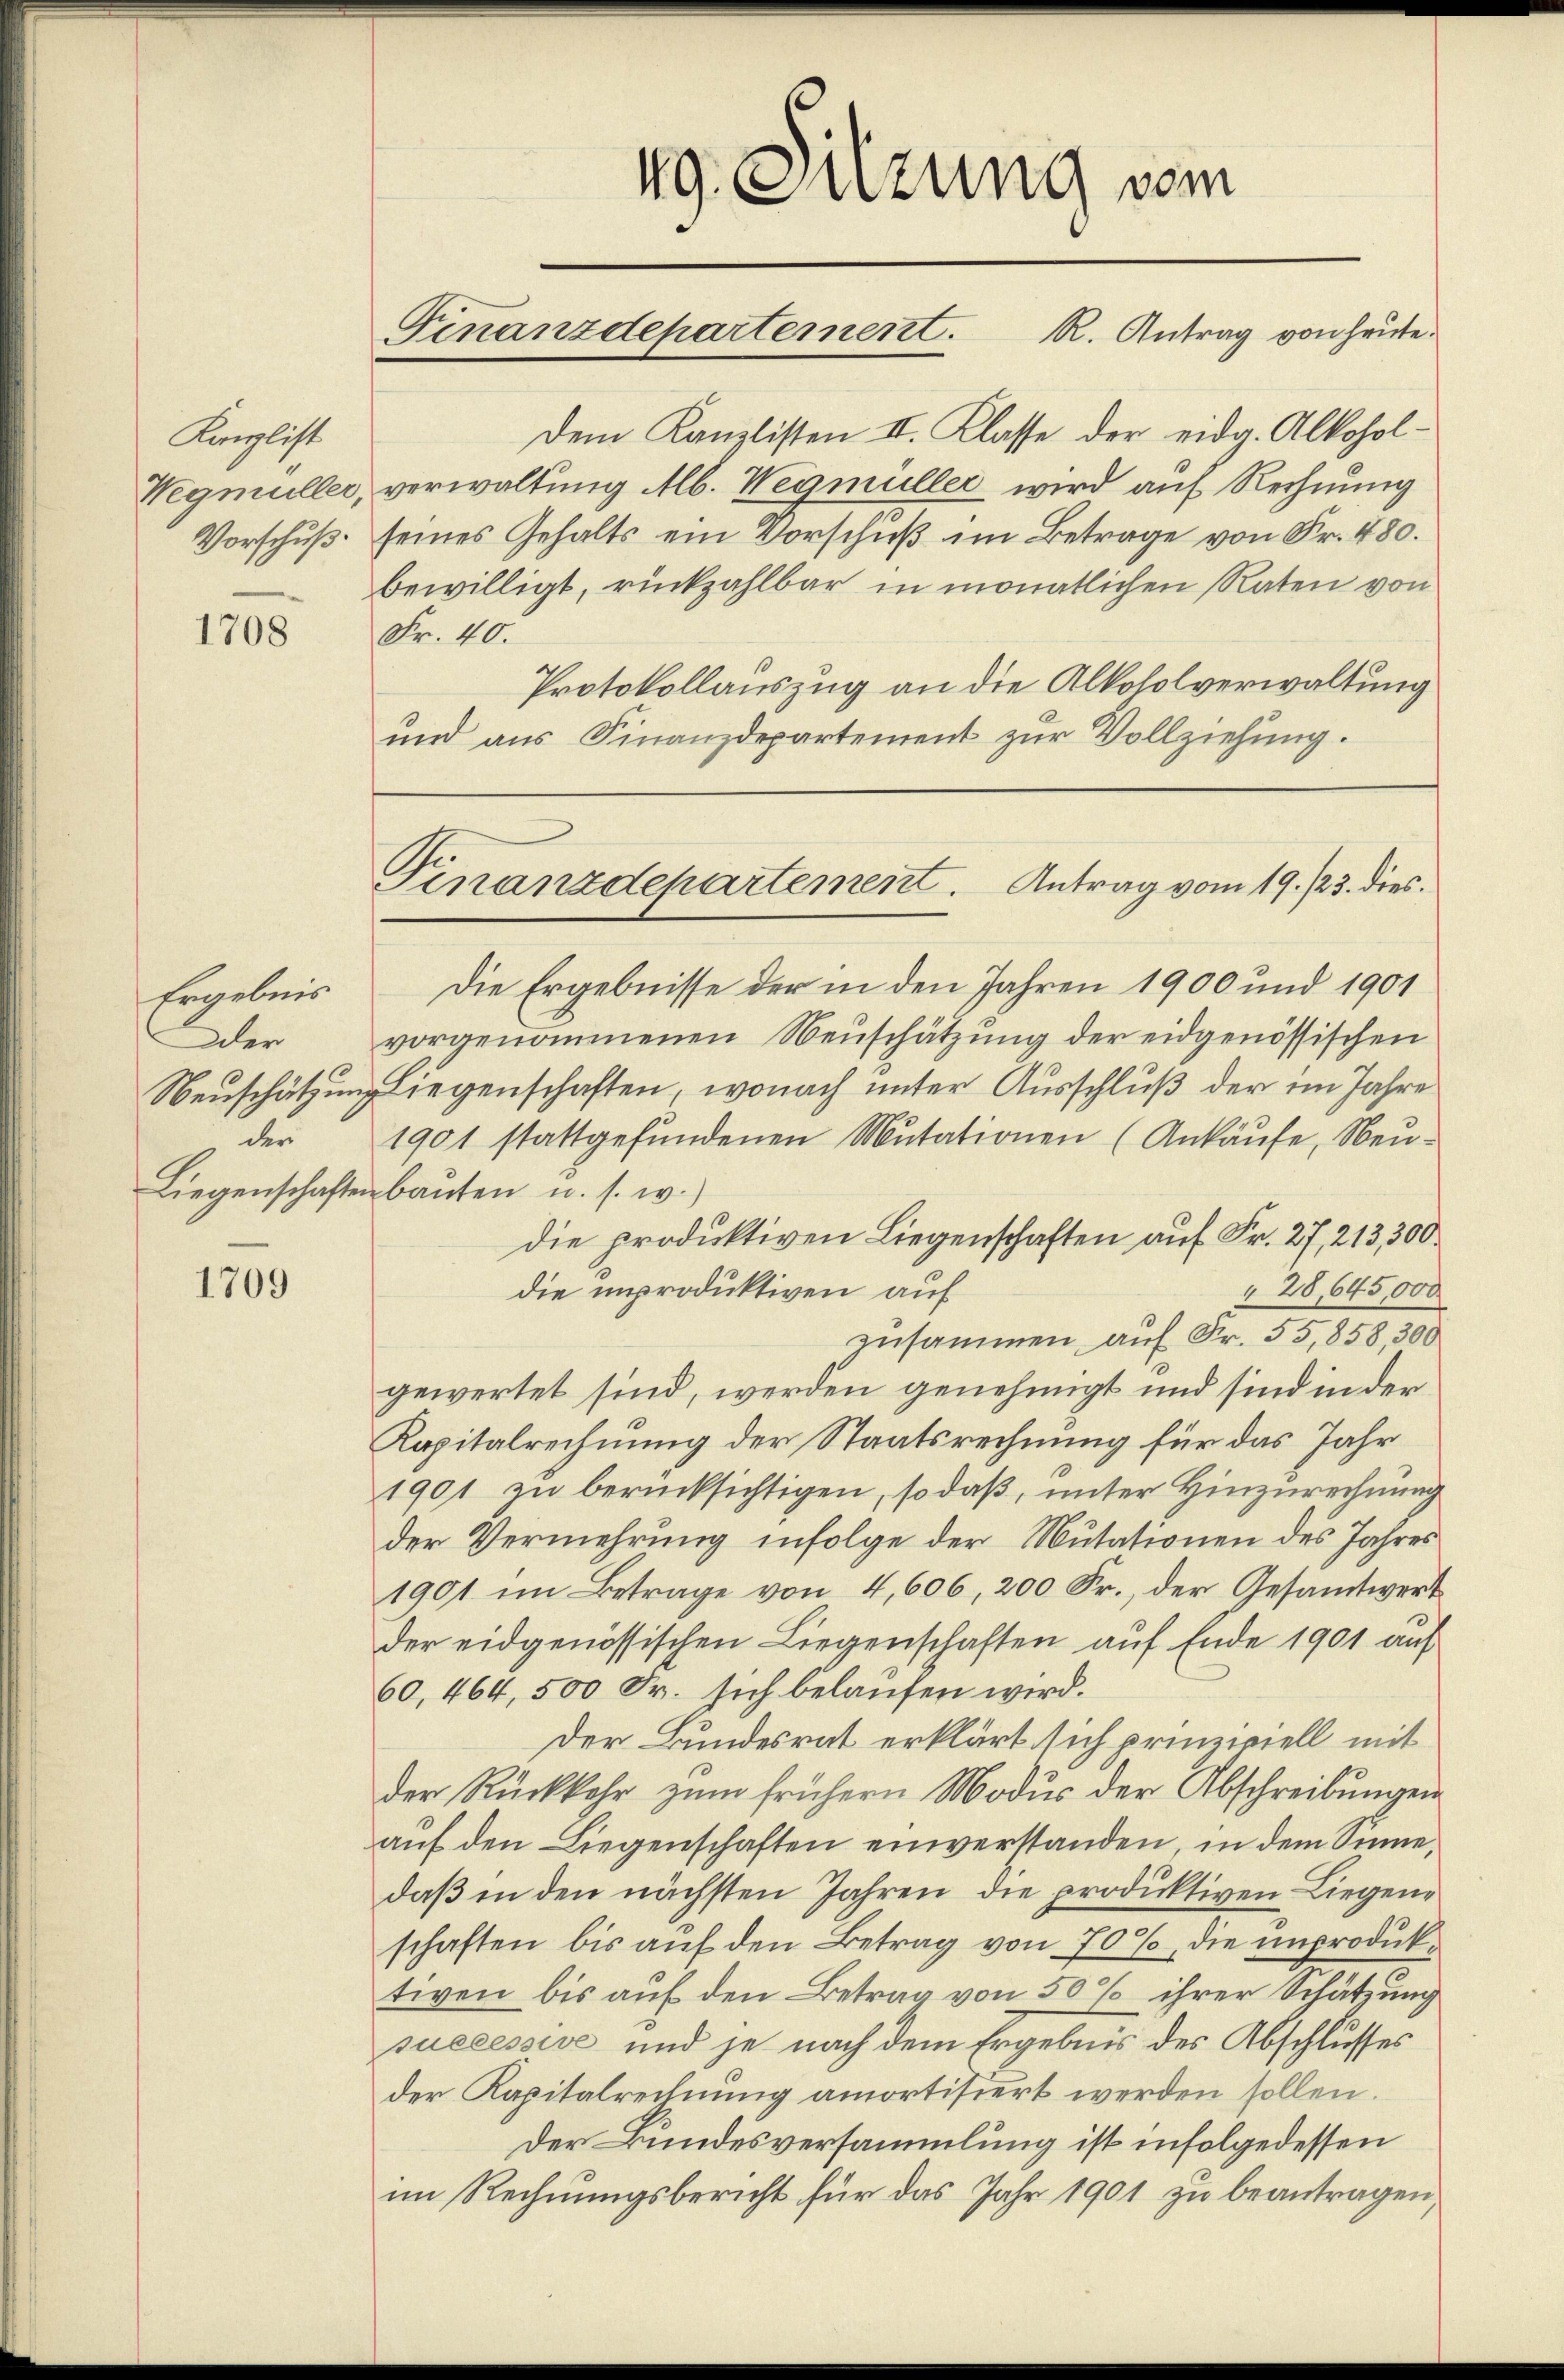
Kanzlist
Wegmüller,
Vorschuß

1708

Ergebnis
Der

1709

Dem Kanzlisten II. Klasse der eidg. Alkoholverwaltung Alb. Wegmüller wird auf Rechnung
seines Gehalts ein Vorschuß im Betrage von Fr. 480.
bewilligt, rückzahlbar in monatlichen Raten von
Fr. 40.
Protokollauszug an die Alkoholverwaltung
und aus Finanzdepartement zur Vollziehung.
Die Ergebnisse der in den Jahren 1900 und 1901
vorgenommenen Neuschätzung der eidgenössischen
Neuschätzung liegenschaften, wonach unter Ausschluß der im Jahre
der 1901 stattgefŭndenen Mutationen (Ankäufe, Neu-
Liegenschaften baŭten u. s. w.)
die produktiven Liegenschaften auf Fr. 27, 213,300.
28,645,000
die unproduktiven auf
zusammen auf Fr. 55,858, 300
gewertet sind, werden genehmigt und sind in der
Kapitalrechnung der Staatsrechnung für das Jahr
1901 zu berücksichtigen, so daß, unter Hinzurechnung
der Vermehrung infolge der Nutationen des Jahres
1901 im Betrage von 4,606, 200 Fr., der Gesamtwert
der eidgenössischen Liegenschaften auf Ende 1901 auf
60, 464, 500 Fr. sich belaufen wird.
Der Bundesrat erklärt sich prinzipiell mit
der Rückkehr zŭm frühern Modus der Abschreibungen
aŭf den Liegenschaften einverstanden, in dem Sinnedaß in den nächsten Jahren die produktiven Liegenschaften bis auf den Betrag von 70%, die unproduktiven bis auf den Betrag von 50 % ihrer Schätzung
successive und je nach dem Ergebnis des Abschlusses
der Kapitalrechnung amortisiert werden sollen.
Der Bundesversammlung ist infolgedessen
im Rechnungsbericht für das Jahr 1901 zu beantragen,

49. Sitzung vom

Finanzdepartement. R. Antrag von heute.

Finanzdepartement. Antrag vom 19. /23. dies